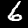
Digit: 6